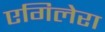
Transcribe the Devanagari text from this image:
एगिलेरा